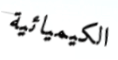
الكيميائية